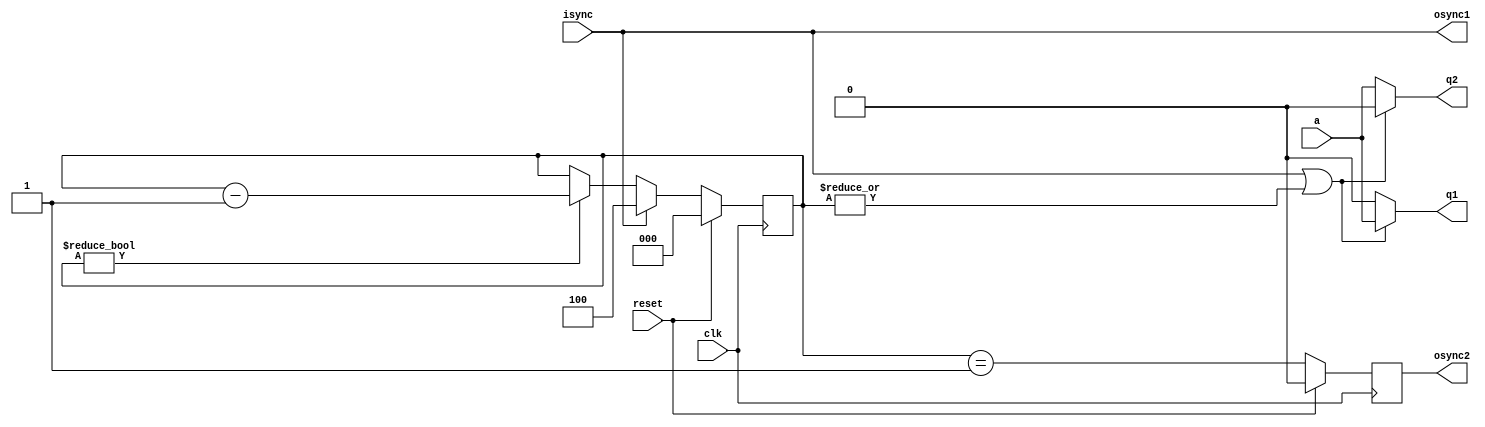
module bssplit
  #(parameter LEN = 5,
    LOG2LEN = 3)
   (input reset,
    input  clk,
    input  a,
    output q1,
    output q2,
    input  isync,
    output osync1,
    output osync2
    );

   // At sync, the first LEN bits go to q1, the rest to q2
   reg [LOG2LEN-1:0] state;
   reg		     osyncreg;
   
   always @(posedge clk)
     if (reset)
       begin
	  state <= 1'b0;
	  osyncreg = 1'b0;
       end
     else
       begin
	  state <= isync ? LEN-1 : (state ? (state - 1) : state);
	  osyncreg <= (state == 1'b1);	  
       end

   assign q1 = (isync | |state) ? a : 1'b0;
   assign q2 = (isync | |state) ? 1'b0 : a;

   assign osync1 = isync;
   assign osync2 = osyncreg;
   
endmodule